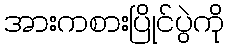
အားကစားပြိုင်ပွဲကို